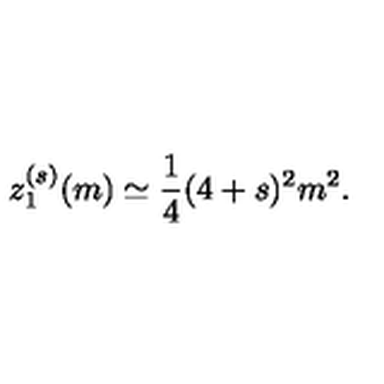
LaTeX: z _ { 1 } ^ { ( s ) } ( m ) \simeq { \frac { 1 } { 4 } } ( 4 + s ) ^ { 2 } m ^ { 2 } .